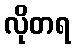
လိုတရ